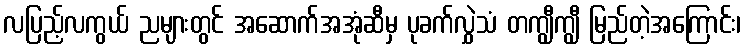
လပြည့်လကွယ် ညများတွင် အဆောက်အအုံဆီမှ ပုခက်လွှဲသံ တကျွီကျွီ မြည်တဲ့အကြောင်း၊